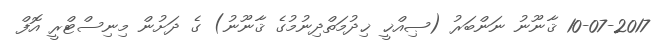
10-07-2017 ޤާނޫނު ނަންބަރު (ޞިއްޚީ ޚިދުމަތްދިނުމުގެ ޤާނޫނު) ގެ ދަށުން މިނިސްޓްރީ އޮފް